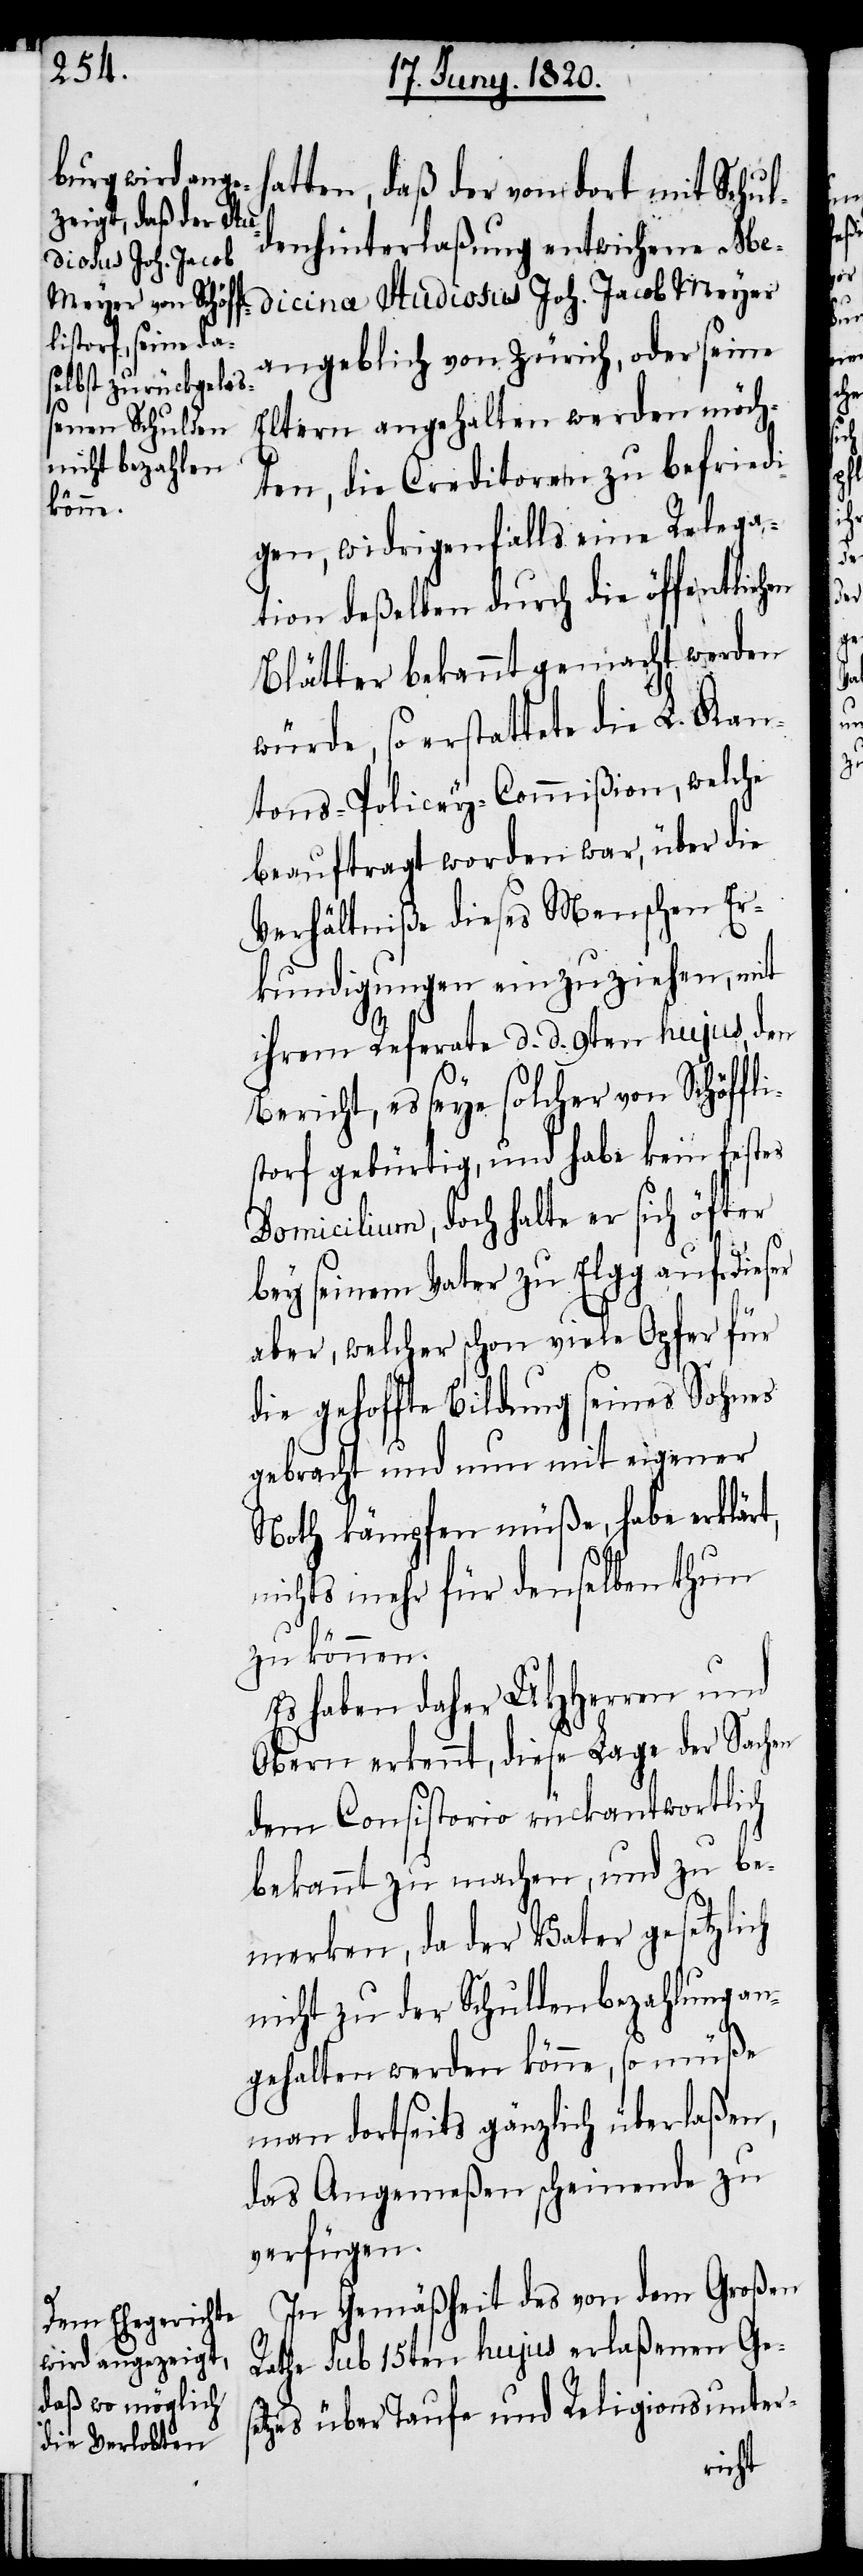
en

atten, daß der von dort mit Schul¬
denhinterlaßung entwichene Me¬
dicina Studiosus Joh. Jacob Meyer
angeblich von Zürich, oder seine
Eltern angehalten werden möch¬
ten, die Creditoren zu befriedi¬
gen, widrigenfalls eine Relega¬
tion deßelben durch die öffentlich¬
Blätter bekannt gemacht werden
würde, so erstattete die L. Kan¬
tons-Policey-Commiβion, welche
beauftragt worden war, über die
Verhältniße dieses Menschen Er¬
kundigungen einzuziehen, mit
ihrem Referate d. d. 9ten hujus den
Bericht, es sey solcher von Schöffli¬
storf gebürtig, und habe kein festes
Domicilium, doch halte er sich öfter
bey seinem Vater zu Elgg auf. Dieser
aber, welcher schon viele Opfer für
die gehoffte Bildung seines Sohnes
gebracht und nun mit eigener
Noth kämpfen müße, habe erklärt,
nichts mehr für denselben thun
zu können.
Es haben daher UHherren und
Obern erkennt, diese Lage der Sachen
dem Consistorio rückantwortlich
bekannt zu machen, und zu be¬
merken, da der Vater gesetzlich
nicht zu der Schuldenbezahlung an¬
gehalten werden könne, so müße
man dortseits gänzlich überlaßen,
das Angemeßen scheinende zu
verfügen.
In Gemäßigkeit des von dem großen
Rathe sub 15ten hujus erlaßenen Ges¬
etzes über Taufe und Religionsunter-